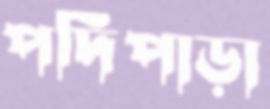
পদিপাড়া